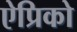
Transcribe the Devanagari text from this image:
ऐप्रिको